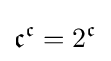
{\mathfrak {c}}^{\mathfrak {c}}=2^{\mathfrak {c}}